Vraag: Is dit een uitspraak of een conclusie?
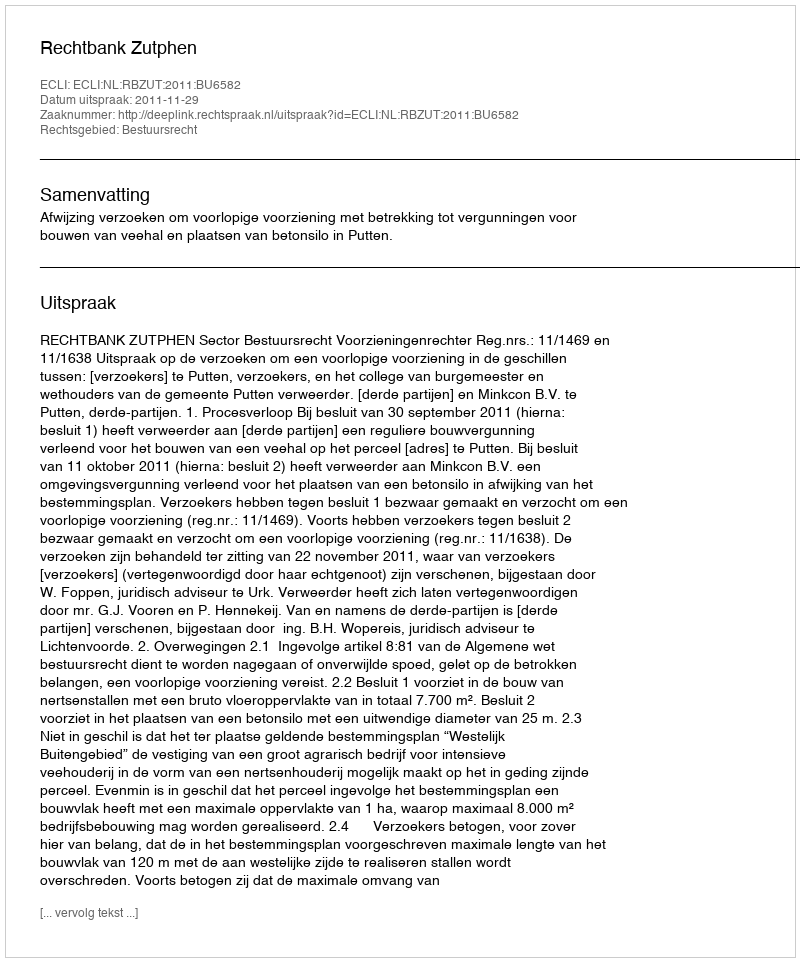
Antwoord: Uitspraak